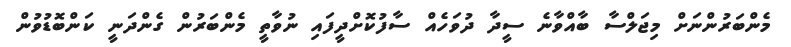
މެންބަރުންނަށް މިޖަލްސާ ބާއްވާނެ ސީދާ ދުވަހެއް ސާފުކޮށްދީފައި ނުވާތީ މެންބަރުން ގެންދަނީ ކަންބޮޑުވުން